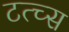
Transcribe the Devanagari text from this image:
टत्च्स